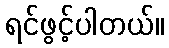
ရင်ဖွင့်ပါတယ်။